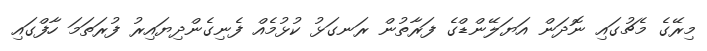
މިރޭގެ މެޗުގައި ނޮދަން އަޔަލޭންޑްގެ ފަރާތުން ރަނގަޅު ކުޅުމެއް ފެނިގެންދިޔައިރު ފުރަތަމަ ހާފްގައި